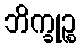
ဘိက္ခုဉ္စ